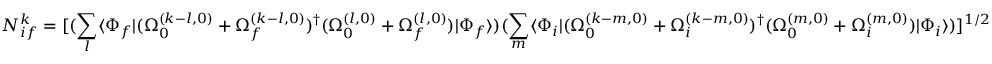
{ \cal N } _ { i f } ^ { k } = [ ( \sum _ { l } \langle \Phi _ { f } | ( \Omega _ { 0 } ^ { ( k - l , 0 ) } + \Omega _ { f } ^ { ( k - l , 0 ) } ) ^ { \dagger } ( \Omega _ { 0 } ^ { ( l , 0 ) } + \Omega _ { f } ^ { ( l , 0 ) } ) | \Phi _ { f } \rangle ) ( \sum _ { m } \langle \Phi _ { i } | ( \Omega _ { 0 } ^ { ( k - m , 0 ) } + \Omega _ { i } ^ { ( k - m , 0 ) } ) ^ { \dagger } ( \Omega _ { 0 } ^ { ( m , 0 ) } + \Omega _ { i } ^ { ( m , 0 ) } ) | \Phi _ { i } \rangle ) ] ^ { 1 / 2 }